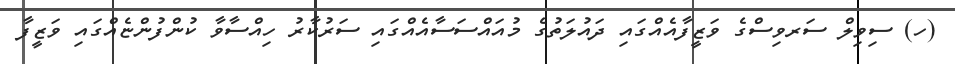
(ހ) ސިވިލް ސަރވިސްގެ ވަޒީފާއެއްގައި ދައުލަތުގެ މުއައްސަސާއެއްގައި ސަރުކާރު ހިއްސާވާ ކުންފުންޏެއްގައި ވަޒީފާ